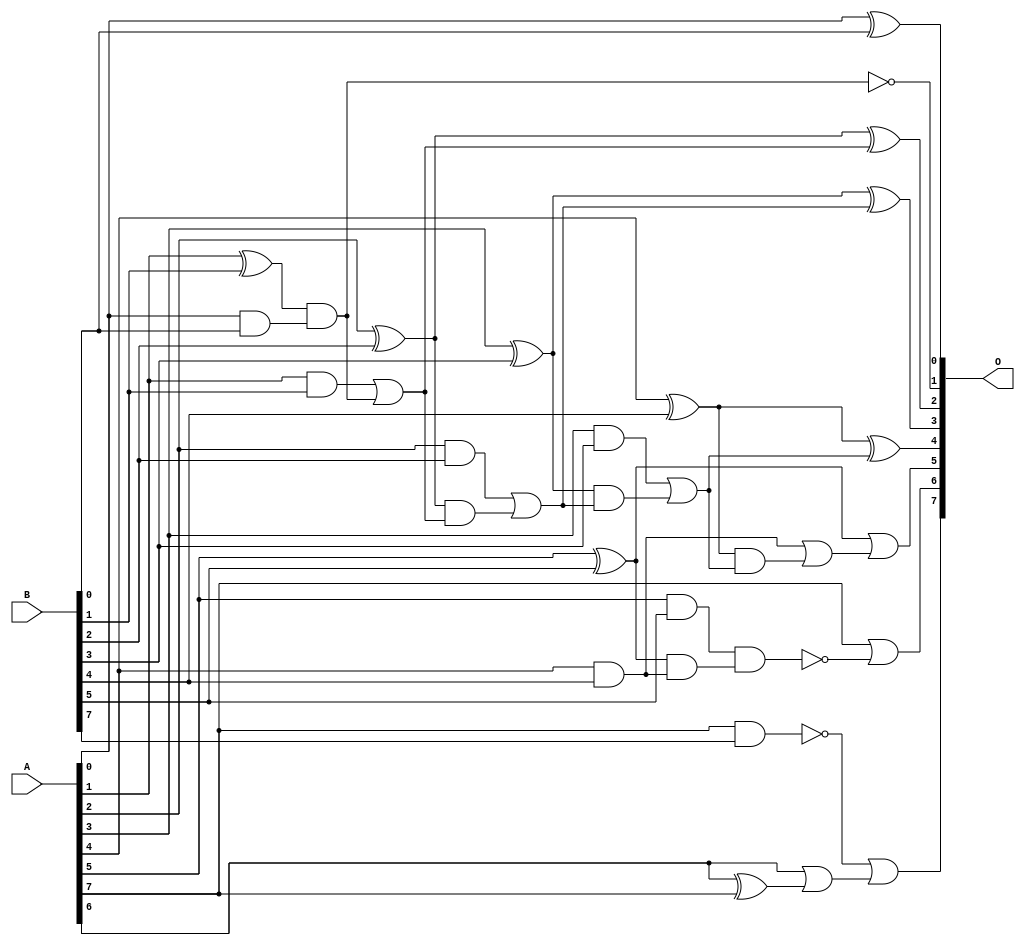
// This program was cloned from: https://github.com/ehw-fit/evoapproxlib
// License: MIT License

/***
* This code is a part of EvoApproxLib library (ehw.fit.vutbr.cz/approxlib) distributed under The MIT License.
* When used, please cite the following article(s): V. Mrazek, L. Sekanina, Z. Vasicek "Libraries of Approximate Circuits: Automated Design and Application in CNN Accelerators" IEEE Journal on Emerging and Selected Topics in Circuits and Systems, Vol 10, No 4, 2020 
* This file contains a circuit from a sub-set of pareto optimal circuits with respect to the pwr and ep parameters
***/
// MAE% = 44.77 %
// MAE = 57 
// WCE% = 100.00 %
// WCE = 128 
// WCRE% = 6200.00 %
// EP% = 85.42 %
// MRE% = 146.36 %
// MSE = 5003 
// PDK45_PWR = 0.020 mW
// PDK45_AREA = 57.7 um2
// PDK45_DELAY = 0.45 ns

module add8s_70Z (
    A,
    B,
    O
);

input [7:0] A;
input [7:0] B;
output [7:0] O;

wire sig_16,sig_17,sig_18,sig_19,sig_20,sig_21,sig_22,sig_23,sig_24,sig_25,sig_26,sig_27,sig_28,sig_29,sig_30,sig_31,sig_32,sig_33,sig_34,sig_35;
wire sig_36,sig_37,sig_38,sig_39,sig_40,sig_41,sig_42,sig_43,sig_46,sig_47,sig_48,sig_49;

assign sig_16 = A[0] ^ B[0];
assign sig_17 = A[0] & B[0];
assign sig_18 = A[1] ^ B[1];
assign sig_19 = A[1] & B[1];
assign sig_20 = sig_18 & sig_17;
assign sig_21 = ~(sig_18 & sig_17);
assign sig_22 = sig_19 | sig_20;
assign sig_23 = A[2] ^ B[2];
assign sig_24 = A[2] & B[2];
assign sig_25 = sig_23 & sig_22;
assign sig_26 = sig_23 ^ sig_22;
assign sig_27 = sig_24 | sig_25;
assign sig_28 = A[3] ^ B[3];
assign sig_29 = A[3] & B[3];
assign sig_30 = sig_28 & sig_27;
assign sig_31 = sig_28 ^ sig_27;
assign sig_32 = sig_29 | sig_30;
assign sig_33 = A[4] ^ B[4];
assign sig_34 = A[4] & B[4];
assign sig_35 = sig_33 & sig_32;
assign sig_36 = sig_33 ^ sig_32;
assign sig_37 = sig_34 | sig_35;
assign sig_38 = A[5] ^ B[5];
assign sig_39 = A[5] & B[5];
assign sig_40 = sig_38 & sig_34;
assign sig_41 = sig_38 | sig_37;
assign sig_42 = ~(sig_39 & sig_40);
assign sig_43 = A[6] ^ A[7];
assign sig_46 = A[7] | sig_42;
assign sig_47 = A[6] | sig_43;
assign sig_48 = ~(A[7] & B[7]);
assign sig_49 = sig_48 | sig_47;

assign O[7] = sig_49;
assign O[6] = sig_46;
assign O[5] = sig_41;
assign O[4] = sig_36;
assign O[3] = sig_31;
assign O[2] = sig_26;
assign O[1] = sig_21;
assign O[0] = sig_16;

endmodule